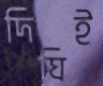
দিঘিই